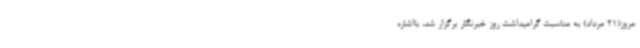
مروز(21 مرداد) به مناسبت گرامیداشت روز خبرنگار برگزار شد، بااشاره